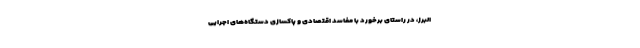
البرز، در راستای برخورد با مفاسد اقتصادی و پاکسازی دستگاه‌های اجرایی